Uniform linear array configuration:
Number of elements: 4
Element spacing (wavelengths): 0.5
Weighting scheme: binomial
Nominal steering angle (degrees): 30
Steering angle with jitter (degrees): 30.715
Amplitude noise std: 0.05
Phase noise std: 0.05

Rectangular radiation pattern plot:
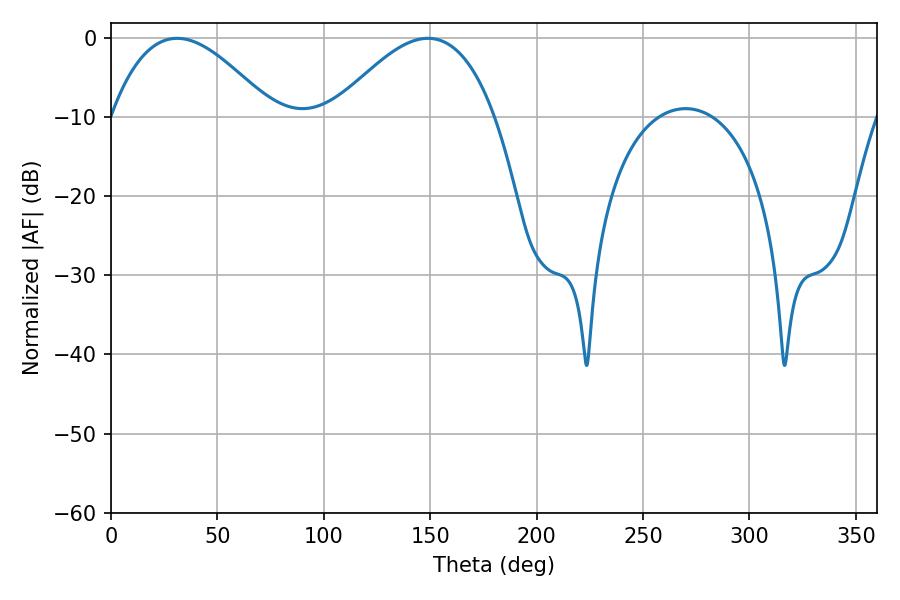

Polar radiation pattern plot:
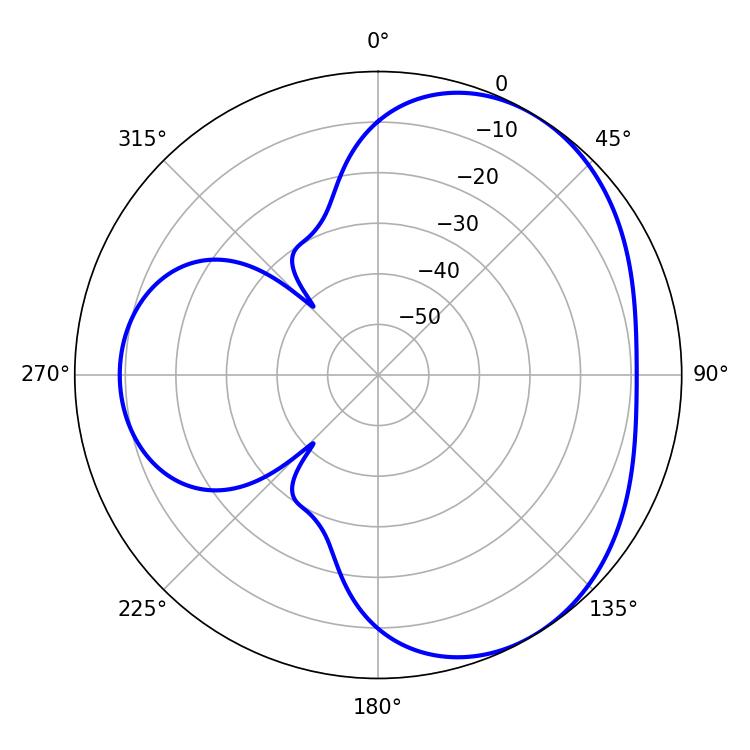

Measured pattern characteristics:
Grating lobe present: FALSE
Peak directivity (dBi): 3.869
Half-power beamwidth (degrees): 41.22
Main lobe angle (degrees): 31.14